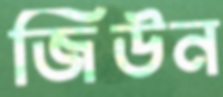
জিউন